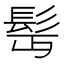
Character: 髩